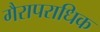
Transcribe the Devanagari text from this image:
गैरापराधिक